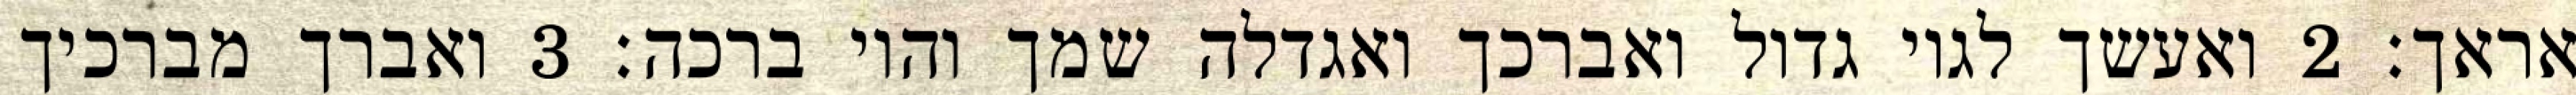
אראך׃ ‎2‏ ואעשך לגוי גדול ואברכך ואגדלה שמך והוי ברכה׃ ‎3‏ ואברך מברכיך